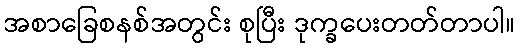
အစာခြေစနစ်အတွင်း စုပြီး ဒုက္ခပေးတတ်တာပါ။